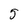
Character: 5